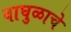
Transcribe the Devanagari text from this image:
वाघुळाचे